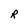
Character: R